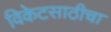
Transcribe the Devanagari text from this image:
विकेटसाठीचा